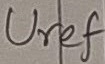
Text: Uref